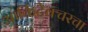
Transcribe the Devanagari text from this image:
आर्किटेक्चरचा